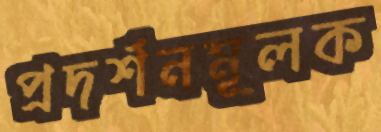
প্রদর্শনমূলক